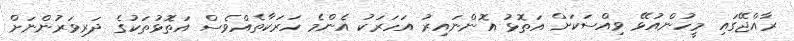
ރާއްޖޭގައި މީހުންއުޅޭ ވިއްސަކަށް އަތޮޅު އޮންނައިރު އަހަރަކު އެންމެ ހަރަކާތެއްވެސް އަތޮޅުތަކުގެ ދަރިވަރުންނަށް